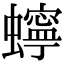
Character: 䗿